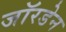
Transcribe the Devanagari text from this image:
जॉरडेन